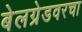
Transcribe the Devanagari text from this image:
बेलग्रेडवरचा